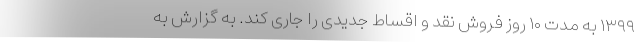
۱۳۹۹ به مدت ۱۰ روز فروش نقد و اقساط جدیدی را جاری کند. به گزارش به